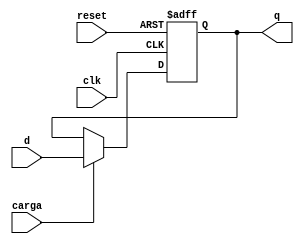
module ffdc #(parameter retardo = 0)(input wire clk, reset, carga, d, output reg q);

always @(posedge clk, posedge reset)
  if (reset)
    q <= #retardo 1'b0;
  else
    if (carga)
      q <= #retardo d; 
endmodule